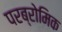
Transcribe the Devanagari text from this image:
परब्रोमिक